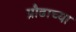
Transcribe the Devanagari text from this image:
प्रौढाच्या